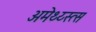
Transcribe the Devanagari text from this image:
अमेथ्य्स्त्स